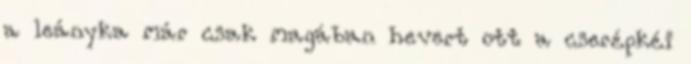
a leányka már csak magában hevert ott a cserépkéi